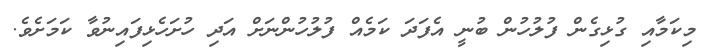
މިކަމާއި ގުޅިގެން ފުލުހުން ބުނީ އެފަދަ ކަމެއް ފުލުހުންނަށް އަދި ހުށަހެޅިފައިނުވާ ކަމަށެވެ.